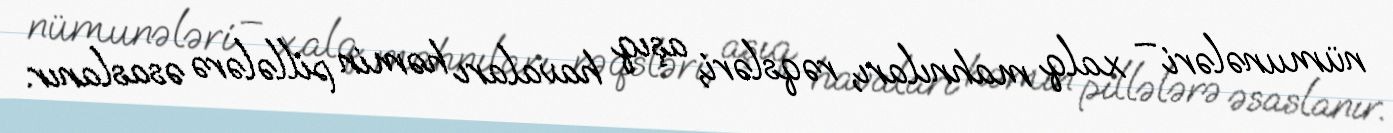
nümunələri – xalq mahnıları, rəqsləri, aşıq havaları həmin pillələrə əsaslanır.